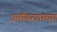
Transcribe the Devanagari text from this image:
धर्माचरणाच्या